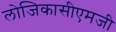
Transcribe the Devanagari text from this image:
लोजिकासीएमजी